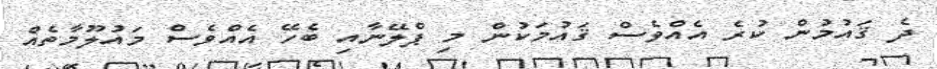
ދެ ޤައުމުން ކުރެ އެއްވެސް ޤައުމަކުން މި ޕްލޭނާއި ބެހޭ އެއްވެސް މައުލޫމާތެއް